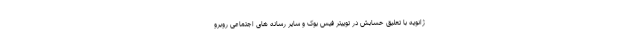
ژانویه با تعلیق حسابش در توییتر فیس بوک و سایر رسانه های اجتماعی روبرو